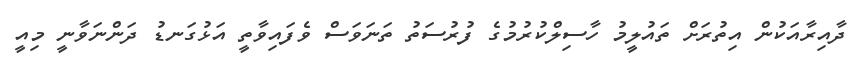
ދާއިރާއަކުން އިތުރަށް ތައުލީމު ހާސިލްކުރުމުގެ ފުރުސަތު ތަނަވަސް ވެފައިވާތީ އަޅުގަނޑު ދަންނަވާނީ މިއީ